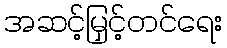
အဆင့်မြှင့်တင်ရေး